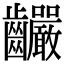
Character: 䶫